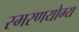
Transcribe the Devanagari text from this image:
स्मरणयोग्य